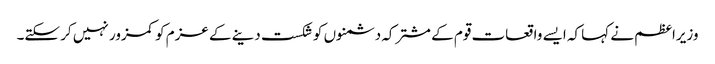
وزیراعظم نے کہا کہ ایسے واقعات قوم کے مشترکہ دشمنوں کو شکست دینے کے عزم کو کمزور نہیں کر سکتے۔